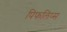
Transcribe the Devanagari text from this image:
पिफलिप्स